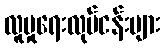
လူမှုရေးလုပ်ငန်းများ